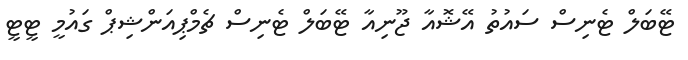
ޓޭބަލް ޓެނިސް ސައުތު އޭޝޮއާ ޖޫނިއާ ޓޭބަލް ޓެނިސް ޗެމްޕިއަންޝިޕް ގައުމީ ޓީޓީ